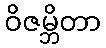
ဝိဇမ္ဘိတာ